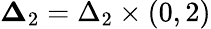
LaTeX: \mathbf\Delta_{2}=\Delta_{2}\times(0,2)